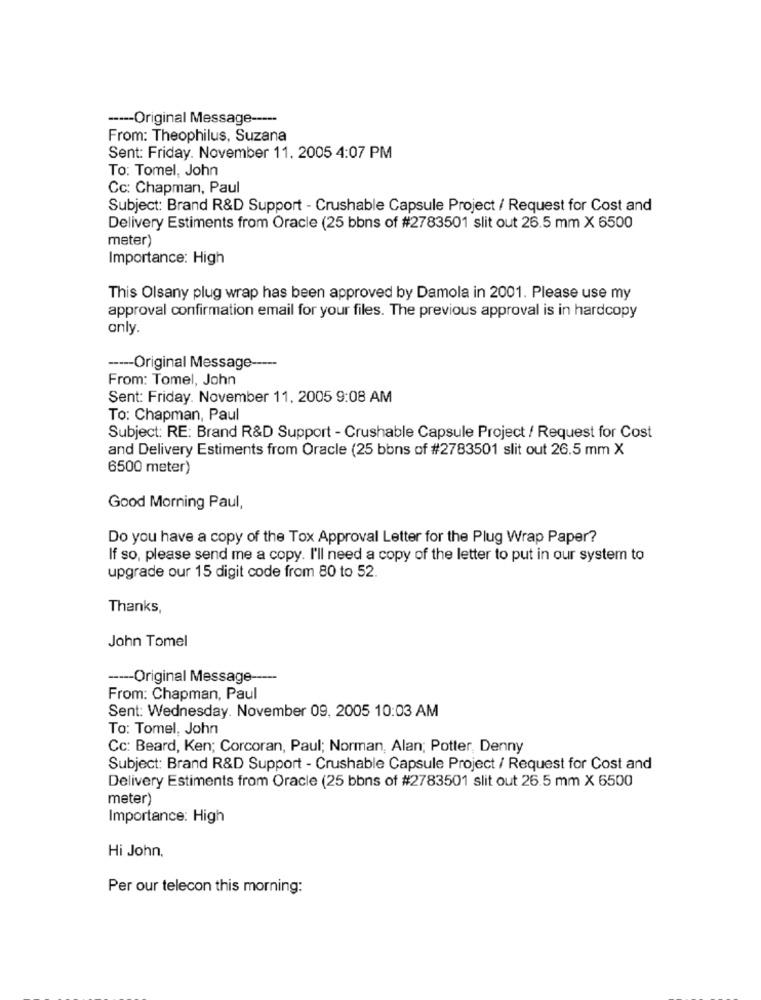
----- Original Message -----
From: Theophilus, Suzana
Sent: Friday. November 11. 2005 4:07 PM
To: Tomel, John
Cc: Chapman, Paul
Subject: Brand R&D Support - Crushable Capsule Project / Request for Cost and
Delivery Estiments from Oracle (25 bbns of #2783501 slit out 26.5 mm X 6500
meter)
Importance: High
This Olsany plug wrap has been approved by Damola in 2001. Please use my
approval confirmation email for your files. The previous approval is in hardcopy
only.
----- Original Message -----
From: Tomel, John
Sent: Friday. November 11, 2005 9:08 AM
To: Chapman, Paul
Subject: RE: Brand R&D Support - Crushable Capsule Project / Request for Cost
and Delivery Estiments from Oracle (25 bons of #2783501 slit out 26.5 mm X
6500 meter)
Good Morning Paul,
Do you have a copy of the Tox Approval Letter for the Plug Wrap Paper?
If so, please send me a copy. I'll need a copy of the letter to put in our system to
upgrade our 15 digit code from 80 to 52.
Thanks,
John Tomel
----- Original Message-
From: Chapman, Paul
Sent: Wednesday. November 09, 2005 10:03 AM
To: Tomel, John
Cc: Beard, Ken; Corcoran, Paul; Norman, Alan; Potter, Denny
Subject: Brand R&D Support - Crushable Capsule Project / Request for Cost and
Delivery Estiments from Oracle (25 bbns of #2783501 slit out 26.5 mm X 6500
meter)
Importance: High
Hi John,
Per our telecon this morning: